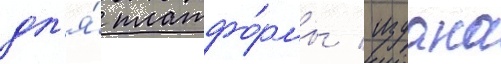
дл'я́ платфо́рмы / издана